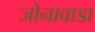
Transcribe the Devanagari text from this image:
जोनावाडा